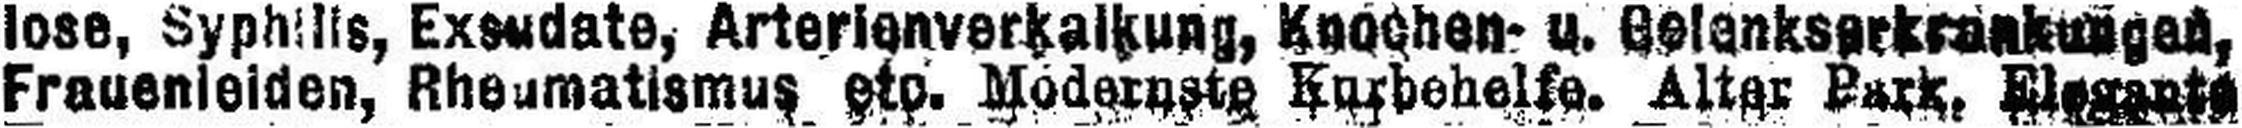
Frauenleiden, Rheumatismus etc. Modernste Kurbehelfe. Alter Park, Elegante